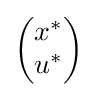
{\begin{pmatrix}x^{*}\\u^{*}\end{pmatrix}}